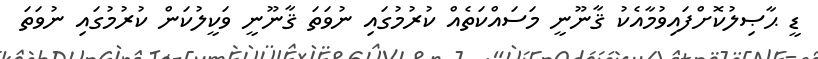
ޑީ ޙާޞިލުކޮށްފައިވުމާއެކު ޤާނޫނީ މަސައްކަތެއް ކުރުމުގައި ނުވަތަ ޤާނޫނީ ވަކީލުކަން ކުރުމުގައި ނުވަތަ